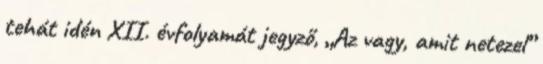
tehát idén XII. évfolyamát jegyző, „Az vagy, amit netezel”